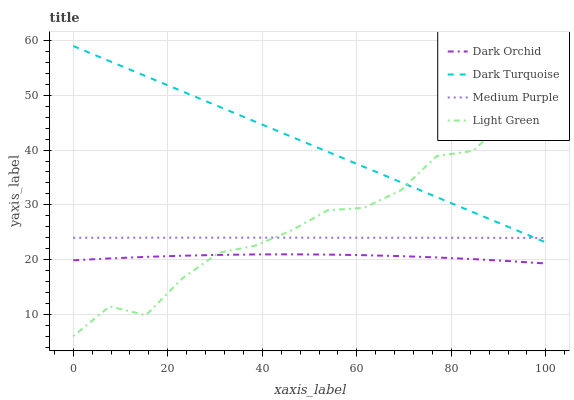
| xaxis_label | Dark Orchid | Dark Turquoise | Medium Purple | Light Green |
 | --- | --- | --- | --- | --- |
 | 0 | 19.9 | 59 | 24 | 6 |
 | 7.69 | 20.2 | 56.2 | 24 | 11.5 |
 | 15.4 | 20.5 | 53.5 | 24 | 9.84 |
 | 23.1 | 20.7 | 50.7 | 24 | 16.6 |
 | 30.8 | 20.9 | 48 | 24 | 21.2 |
 | 38.5 | 20.9 | 45.2 | 24 | 22.5 |
 | 46.2 | 21 | 42.4 | 24 | 25.3 |
 | 53.8 | 20.9 | 39.7 | 24 | 29 |
 | 61.5 | 20.8 | 36.9 | 24 | 29.5 |
 | 69.2 | 20.6 | 34.2 | 24 | 32.6 |
 | 76.9 | 20.4 | 31.4 | 24 | 38.9 |
 | 84.6 | 20.1 | 28.6 | 24 | 39.9 |
 | 92.3 | 19.7 | 25.9 | 24 | 46.1 |
 | 100 | 19.3 | 23.1 | 24 | 48.3 |